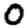
Digit: 0